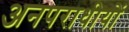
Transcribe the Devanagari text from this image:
अनपराधीयों